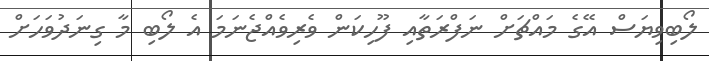
ލޯބިވިޔަސް އޭގެ މައްޗަށް ނަފްރަތާއި ފޫހިކަން ވެރިވެއްޖެނަމަ އެ ލޯބި މާ ގިނަދުވަހަށް